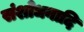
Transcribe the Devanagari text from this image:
संशोधनादि